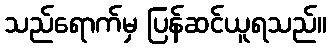
သည်ရောက်မှ ပြန်ဆင်ယူရသည်။